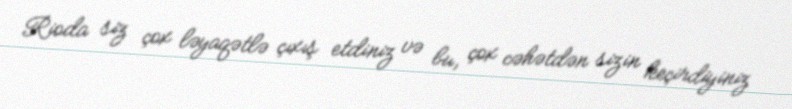
Rioda siz çox ləyaqətlə çıxış etdiniz və bu, çox cəhətdən sizin keçirdiyiniz